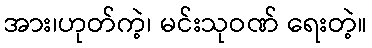
အား၊ဟုတ်ကဲ့၊ မင်းသုဝဏ် ရေးတဲ့။